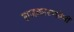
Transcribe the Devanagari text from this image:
राजकारणप्रेमी